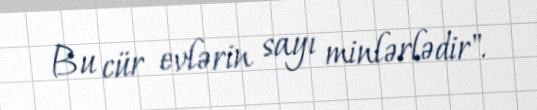
Bu cür evlərin sayı minlərlədir".